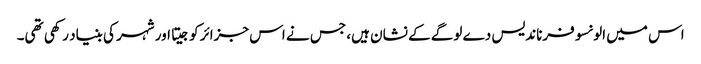
اس میں الونسو فرناندیس دے لوگے کے نشان ہیں، جس نے اس جزائر کو جیتا اور شہر کی بنیاد رکھی تھی۔